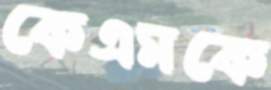
কেএমকে